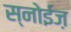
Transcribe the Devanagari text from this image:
स्नोईज़